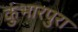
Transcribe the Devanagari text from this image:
कुंभारपुरा